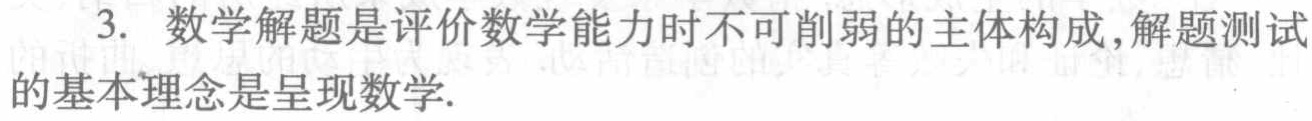
3. 数学解题是评价数学能力时不可削弱的主体构成,解题测试的基本理念是呈现数学.